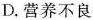
D.营养不良